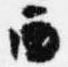
西